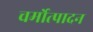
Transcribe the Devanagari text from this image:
चर्मोत्पादन